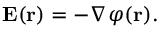
\mathbf { E ( r ) } = - \nabla \varphi \mathbf { ( r ) } .